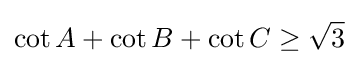
\cot A+\cot B+\cot C\geq {\sqrt {3}}